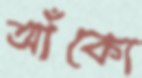
আঁকো